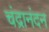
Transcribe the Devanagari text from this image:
चंद्रानंदन